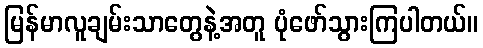
မြန်မာလူချမ်းသာတွေနဲ့အတူ ပုံဖော်သွားကြပါတယ်။